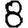
Digit: 8